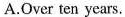
A.Over ten years.